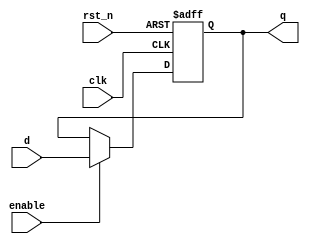
module sequential_logic(
    input wire clk,         // Clock input
    input wire rst_n,      // Active-low reset
    input wire d,          // Data input
    input wire enable,      // Enable signal
    output reg q           // Output
);

// Initialization
initial begin
    q <= 1'b0; // Default state
end

// Sequential logic block
always @(posedge clk or negedge rst_n) begin
    if (!rst_n) begin
        q <= 1'b0; // Reset output to 0
    end else if (enable) begin
        q <= d; // Update output with data input when enabled
    end
    // If enable is low, output remains unchanged
end

endmodule